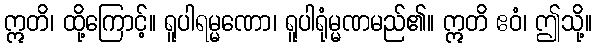
ဣတိ၊ ထို့ကြောင့်။ ရူပါရမ္မဏော၊ ရူပါရုံမ္မဏမည်၏။ ဣတိ ဧဝံ၊ ဤသို့။